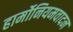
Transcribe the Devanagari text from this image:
हार्मोनियमवादन